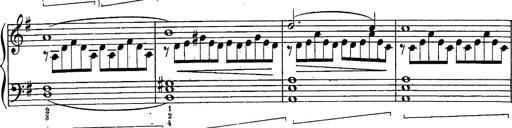
Title: Schubert's Impromptus [revised and edited by Franz Liszt]
Composer: Franz Liszt